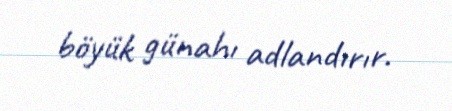
böyük günahı adlandırır.